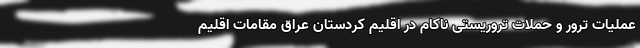
عملیات ترور و حملات تروریستی ناکام در اقلیم کردستان عراق مقامات اقلیم